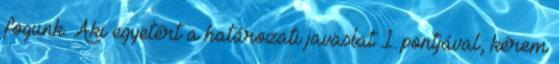
fogunk. Aki egyetért a határozati javaslat 1. pontjával, kérem